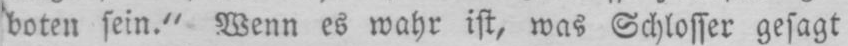
boten sein.“ Wenn es wahr ist, was Schlosser gesagt